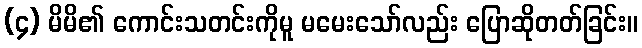
(၄) မိမိ၏ ကောင်းသတင်းကိုမူ မမေးသော်လည်း ပြောဆိုတတ်ခြင်း။